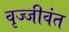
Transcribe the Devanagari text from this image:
वृज्जीवंत